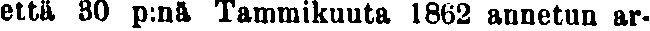
että 30 p:nä Tammikuuta 1862 annetun ar-